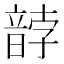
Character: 䪬